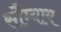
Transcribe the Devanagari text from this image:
सौम्याय